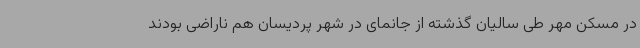
در مسکن مهر طی سالیان گذشته از جانمای در شهر پردیسان هم ناراضی بودند